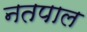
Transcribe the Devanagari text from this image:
नतपाल